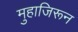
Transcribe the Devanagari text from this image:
मुहाजिरून